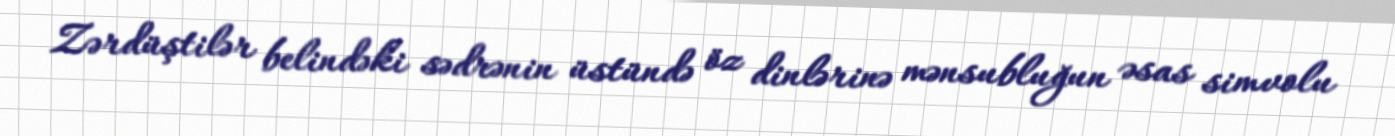
Zərdüştilər belindəki sədrənin üstündə öz dinlərinə mənsubluğun əsas simvolu